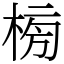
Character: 㮄